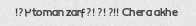
۲toman zarf?! ?! ?!! Chera akhe?!